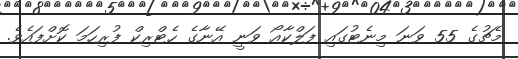
މެޗުގެ 55 ވަނަ މިނެޓުގައި ފަލްކާއޯ ވަނީ އޭނާގެ ހެޓްރިކް ފުރިހަމަ ކޮށްފައެވެ.